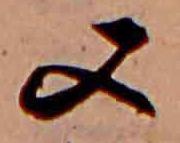
又